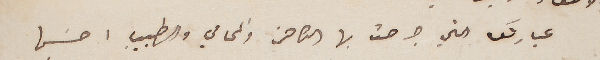
عبارتك التي جرحت بها الكاهن والمحامي والطبيب احسَبها